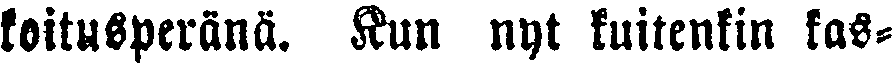
koitusperänä. Kun nyt kuitenkin kas-